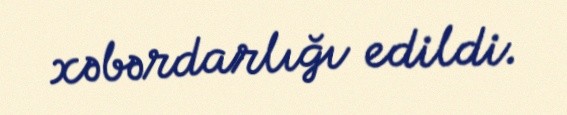
xəbərdarlığı edildi.